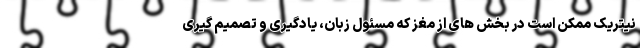
نیتریک ممکن است در بخش های از مغز که مسئول زبان، یادگیری و تصمیم گیری